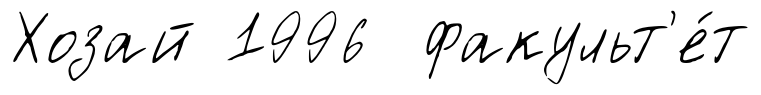
Хозай 1996 факульт'е́т